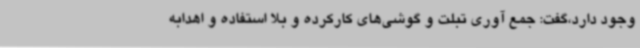
وجود دارد،گفت: جمع آوری تبلت و گوشی‌های کارکرده و بلا استفاده و اهدابه